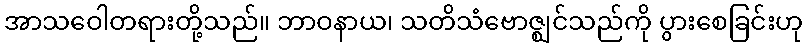
အာသဝေါတရားတို့သည်။ ဘာဝနာယ၊ သတိသံဗောဇ္ဈင်သည်ကို ပွားစေခြင်းဟု